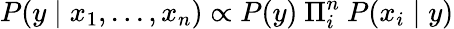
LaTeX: P(y\mid x_{1},...,x_{n})\propto P(y)~\Pi_{i}^{n}~P(x_{i}\mid y)